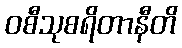
ဝစီသုစရိတာနီတိ